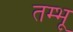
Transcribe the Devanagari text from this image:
तम्भू